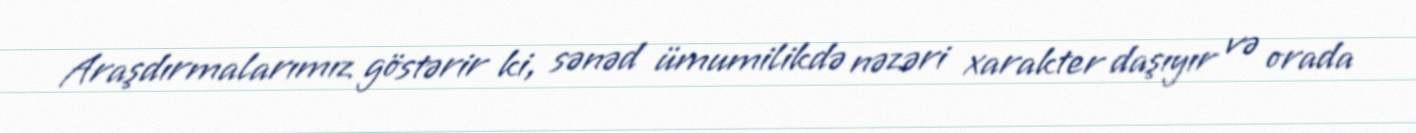
Araşdırmalarımız göstərir ki, sənəd ümumilikdə nəzəri xarakter daşıyır və orada